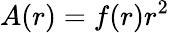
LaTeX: A(r)=f(r)r^{2}